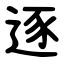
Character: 逐